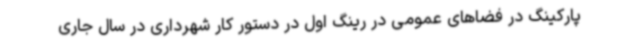
پارکینگ در فضاهای عمومی در رینگ اول در دستور کار شهرداری در سال جاری